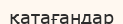
қатағандар